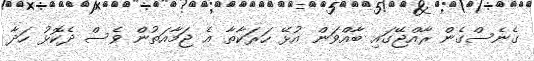
ގެނެސްގެން ރާއްޖޭގައި ބާއްވަން އުޅޭ ހަރަކާތާ އެ ޖަމާއަތުން ވެސް ދެކޮޅު ހަދާ